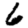
Digit: 6